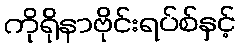
ကိုရိုနာဗိုင်းရပ်စ်နှင့်